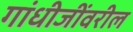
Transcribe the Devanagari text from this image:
गांधीजींवरील